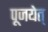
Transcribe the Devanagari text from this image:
पूजयेत्